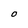
Character: O